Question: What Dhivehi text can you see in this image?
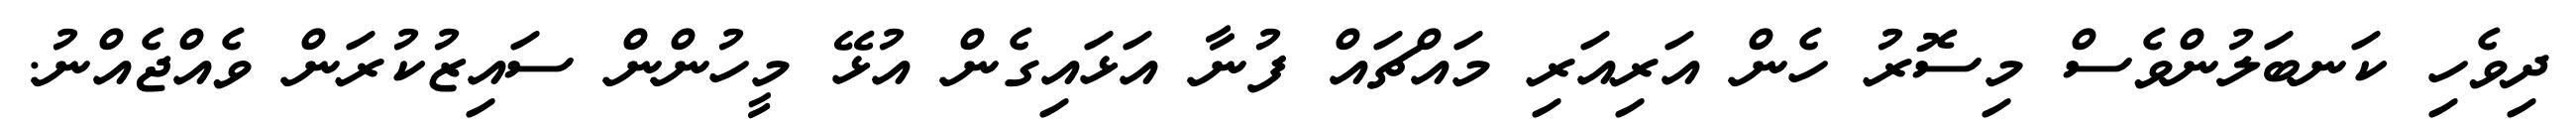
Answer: ދިވެހި ކަނބަލުންވެސް މިސޮރު ހެން އަރިއަރި މައްޗައް ފުނާ އަޅައިގެން އުޅޭ މީހުންން ސައިޒުކުރަން ވެއްޖެއްނު.